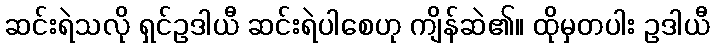
ဆင်းရဲသလို ရှင်ဥဒါယီ ဆင်းရဲပါစေဟု ကျိန်ဆဲ၏။ ထိုမှတပါး ဥဒါယီ